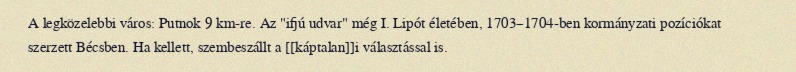
A legközelebbi város: Putnok 9 km-re. Az "ifjú udvar" még I. Lipót életében, 1703–1704-ben kormányzati pozíciókat szerzett Bécsben. Ha kellett, szembeszállt a [[káptalan]]i választással is.